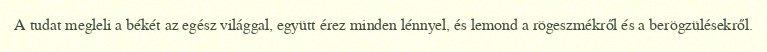
A tudat megleli a békét az egész világgal, együtt érez minden lénnyel, és lemond a rögeszmékről és a berögzülésekről.